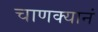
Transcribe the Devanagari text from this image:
चाणक्यानं